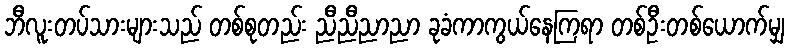
ဘီလူးတပ်သားများသည် တစ်စုတည်း ညီညီညာညာ ခုခံကာကွယ်နေကြရာ တစ်ဦးတစ်ယောက်မျှ